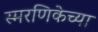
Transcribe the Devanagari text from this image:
स्मरणिकेच्या